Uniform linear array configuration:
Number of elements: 8
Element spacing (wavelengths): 0.5
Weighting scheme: kaiser
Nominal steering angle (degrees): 0
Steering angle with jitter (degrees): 1.641
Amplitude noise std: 0.05
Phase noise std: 0.05

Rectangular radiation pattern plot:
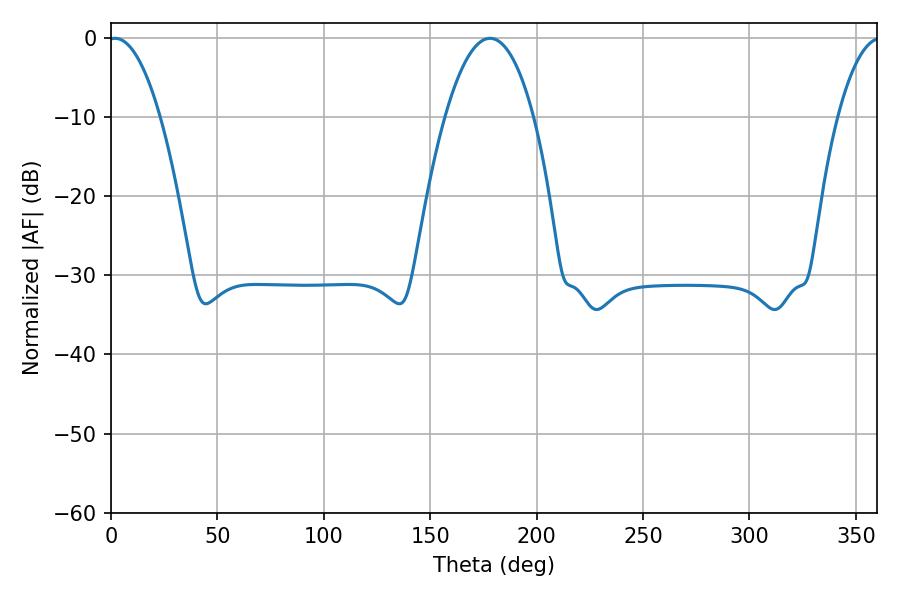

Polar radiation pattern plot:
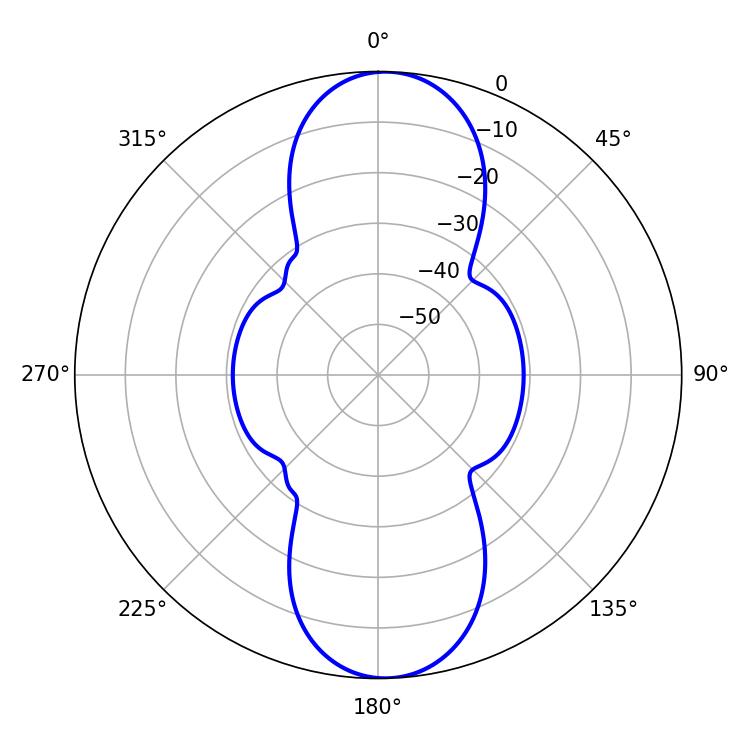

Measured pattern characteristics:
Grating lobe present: FALSE
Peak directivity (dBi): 18.003
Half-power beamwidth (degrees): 13.5
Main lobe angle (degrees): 1.98